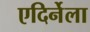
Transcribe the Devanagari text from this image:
एदिर्नेला